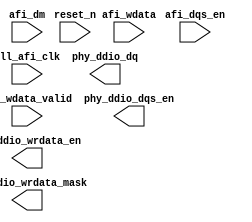
// (C) 2001-2023 Intel Corporation. All rights reserved.
// Your use of Intel Corporation's design tools, logic functions and other 
// software and tools, and its AMPP partner logic functions, and any output 
// files from any of the foregoing (including device programming or simulation 
// files), and any associated documentation or information are expressly subject 
// to the terms and conditions of the Intel Program License Subscription 
// Agreement, Intel FPGA IP License Agreement, or other applicable 
// license agreement, including, without limitation, that your use is for the 
// sole purpose of programming logic devices manufactured by Intel and sold by 
// Intel or its authorized distributors.  Please refer to the applicable 
// agreement for further details.


// ***************************************************************************
// ***************************************************************************

`timescale 1 ps / 1 ps

(* altera_attribute = "-name AUTO_SHIFT_REGISTER_RECOGNITION OFF" *)

module ddr3_p0_write_datapath_m10(
	pll_afi_clk,
	reset_n,
	afi_dqs_en,
	afi_wdata,
	afi_wdata_valid,
	afi_dm,
	phy_ddio_dq,
	phy_ddio_dqs_en,
	phy_ddio_wrdata_en,
	phy_ddio_wrdata_mask
);


parameter MEM_ADDRESS_WIDTH     = "";
parameter MEM_DM_WIDTH          = "";
parameter MEM_CONTROL_WIDTH     = "";
parameter MEM_DQ_WIDTH          = "";
parameter MEM_READ_DQS_WIDTH    = "";
parameter MEM_WRITE_DQS_WIDTH   = "";

parameter AFI_ADDRESS_WIDTH     = "";
parameter AFI_DATA_MASK_WIDTH   = "";
parameter AFI_CONTROL_WIDTH     = "";
parameter AFI_DATA_WIDTH        = "";
parameter AFI_DQS_WIDTH	        = "";

parameter NUM_WRITE_PATH_FLOP_STAGES = "";
parameter NUM_WRITE_FR_CYCLE_SHIFTS = "";

localparam RATE_MULT = 2;
localparam DQ_GROUP_WIDTH = MEM_DQ_WIDTH / MEM_WRITE_DQS_WIDTH;

localparam DM_GROUP_WIDTH = MEM_DM_WIDTH / MEM_WRITE_DQS_WIDTH;


input	pll_afi_clk;
input	reset_n;
input	[AFI_DQS_WIDTH-1:0] afi_dqs_en;
input	[AFI_DATA_WIDTH-1:0] afi_wdata;
input	[AFI_DQS_WIDTH-1:0] afi_wdata_valid;
input	[AFI_DATA_MASK_WIDTH-1:0] afi_dm;
output	[AFI_DATA_WIDTH-1:0] phy_ddio_dq;
output	[AFI_DQS_WIDTH-1:0] phy_ddio_dqs_en;
output	[AFI_DQS_WIDTH-1:0] phy_ddio_wrdata_en;
output	[AFI_DATA_MASK_WIDTH-1:0] phy_ddio_wrdata_mask;

wire	[AFI_DQS_WIDTH-1:0] phy_ddio_dqs_en_pre_shift;
wire	[AFI_DATA_WIDTH-1:0] phy_ddio_dq_pre_shift;
wire	[AFI_DQS_WIDTH-1:0] phy_ddio_wrdata_en_pre_shift;
wire	[AFI_DATA_MASK_WIDTH-1:0] phy_ddio_wrdata_mask_pre_shift;

generate
genvar stage;
if (NUM_WRITE_PATH_FLOP_STAGES == 0)
begin
	assign phy_ddio_dq_pre_shift = afi_wdata;
	assign phy_ddio_wrdata_en_pre_shift = afi_wdata_valid;
	assign phy_ddio_wrdata_mask_pre_shift = afi_dm;
        assign phy_ddio_dqs_en_pre_shift = afi_dqs_en;
end
else
begin
        reg [AFI_DATA_WIDTH-1:0] afi_wdata_r [NUM_WRITE_PATH_FLOP_STAGES-1:0];
        reg [AFI_DQS_WIDTH-1:0] afi_wdata_valid_r [NUM_WRITE_PATH_FLOP_STAGES-1:0] /* synthesis dont_merge */;
        reg [AFI_DQS_WIDTH-1:0] afi_dqs_en_r [NUM_WRITE_PATH_FLOP_STAGES-1:0];
        
        // phy_ddio_wrdata_mask is tied low during calibration
        // the purpose of the assignment is to avoid Quartus from connecting the signal to the sclr pin of the flop
        // sclr pin is very slow and causes timing failures
        (* altera_attribute = {"-name ALLOW_SYNCH_CTRL_USAGE OFF"}*) reg [AFI_DATA_MASK_WIDTH-1:0] afi_dm_r [NUM_WRITE_PATH_FLOP_STAGES-1:0];
        
        for (stage = 0; stage < NUM_WRITE_PATH_FLOP_STAGES; stage = stage + 1)
        begin : stage_gen
        	always @(posedge pll_afi_clk)
        	begin
        		afi_wdata_r[stage]       <= (stage == 0) ? afi_wdata       : afi_wdata_r[stage-1];
        		afi_wdata_valid_r[stage] <= (stage == 0) ? afi_wdata_valid : afi_wdata_valid_r[stage-1];
        		afi_dm_r[stage]          <= (stage == 0) ? afi_dm          : afi_dm_r[stage-1];
        		afi_dqs_en_r[stage]      <= (stage == 0) ? afi_dqs_en      : afi_dqs_en_r[stage-1];
        	end
        end
        
        assign phy_ddio_dq_pre_shift = afi_wdata_r[NUM_WRITE_PATH_FLOP_STAGES-1];
        assign phy_ddio_wrdata_en_pre_shift = afi_wdata_valid_r[NUM_WRITE_PATH_FLOP_STAGES-1];
        assign phy_ddio_wrdata_mask_pre_shift = afi_dm_r[NUM_WRITE_PATH_FLOP_STAGES-1];
        assign phy_ddio_dqs_en_pre_shift = afi_dqs_en_r[NUM_WRITE_PATH_FLOP_STAGES-1];
end
endgenerate

generate
genvar i, t;
for (i=0; i<MEM_WRITE_DQS_WIDTH; i=i+1)
begin: bs_wr_grp
	
	wire [1:0] shift_fr_cycle = 
		(NUM_WRITE_FR_CYCLE_SHIFTS == 0) ? 	2'b00 : 2'b01;
											
	wire [AFI_DQS_WIDTH / MEM_WRITE_DQS_WIDTH - 1:0] grp_dqs_en_pre_shift;
	wire [AFI_DQS_WIDTH / MEM_WRITE_DQS_WIDTH - 1:0] grp_dqs_en;
	
	wire [AFI_DATA_WIDTH / MEM_WRITE_DQS_WIDTH - 1:0] grp_dq_pre_shift;
	wire [AFI_DATA_WIDTH / MEM_WRITE_DQS_WIDTH - 1:0] grp_dq;
	
	wire [AFI_DQS_WIDTH / MEM_WRITE_DQS_WIDTH - 1:0] grp_wrdata_en_pre_shift;
	wire [AFI_DQS_WIDTH / MEM_WRITE_DQS_WIDTH - 1:0] grp_wrdata_en;

	wire [AFI_DATA_MASK_WIDTH / MEM_WRITE_DQS_WIDTH - 1:0] grp_wrdata_mask_pre_shift;
	wire [AFI_DATA_MASK_WIDTH / MEM_WRITE_DQS_WIDTH - 1:0] grp_wrdata_mask;

	ddr3_p0_fr_cycle_shifter dq_shifter(
		.clk (pll_afi_clk),
		.shift_by (shift_fr_cycle),
		.reset_n (1'b1),
		.datain (grp_dq_pre_shift),
		.dataout (grp_dq)	
	);
	defparam dq_shifter.DATA_WIDTH = (DQ_GROUP_WIDTH * 2);
	
	ddr3_p0_fr_cycle_shifter wrdata_mask_shifter(
		.clk (pll_afi_clk),
		.shift_by (shift_fr_cycle),
		.reset_n (1'b1),
		.datain (grp_wrdata_mask_pre_shift),
		.dataout (grp_wrdata_mask)
	);
	defparam wrdata_mask_shifter.DATA_WIDTH = (DM_GROUP_WIDTH * 2);
	
	ddr3_p0_fr_cycle_shifter wrdata_en_shifter(
		.clk (pll_afi_clk),
		.shift_by (shift_fr_cycle),
		.reset_n (1'b1),
		.datain (grp_wrdata_en_pre_shift),
		.dataout (grp_wrdata_en)
	);
	defparam wrdata_en_shifter.DATA_WIDTH = 1;

	ddr3_p0_fr_cycle_shifter dqs_en_shifter(
		.clk (pll_afi_clk),
		.shift_by (shift_fr_cycle),
		.reset_n (1'b1),
		.datain (grp_dqs_en_pre_shift),
		.dataout (grp_dqs_en)
	);
	defparam dqs_en_shifter.DATA_WIDTH = 1;

	for (t=0; t<RATE_MULT*2; t=t+1)
	begin: extract_ddr_grp
		wire [DQ_GROUP_WIDTH-1:0] dq_t_pre_shift = phy_ddio_dq_pre_shift[DQ_GROUP_WIDTH * (i+1) + MEM_DQ_WIDTH * t - 1 : DQ_GROUP_WIDTH * i + MEM_DQ_WIDTH * t];
		assign grp_dq_pre_shift[(t+1) * DQ_GROUP_WIDTH - 1 : t * DQ_GROUP_WIDTH] = dq_t_pre_shift;
		
		wire [DQ_GROUP_WIDTH-1:0] dq_t = grp_dq[(t+1) * DQ_GROUP_WIDTH - 1 : t * DQ_GROUP_WIDTH];
		assign phy_ddio_dq[DQ_GROUP_WIDTH * (i+1) + MEM_DQ_WIDTH * t - 1 : DQ_GROUP_WIDTH * i + MEM_DQ_WIDTH * t] = dq_t;

		wire [DM_GROUP_WIDTH-1:0] wrdata_mask_t_pre_shift = phy_ddio_wrdata_mask_pre_shift[DM_GROUP_WIDTH * (i+1) + MEM_DM_WIDTH * t - 1 : DM_GROUP_WIDTH * i + MEM_DM_WIDTH * t];
		assign grp_wrdata_mask_pre_shift[(t+1) * DM_GROUP_WIDTH - 1 : t * DM_GROUP_WIDTH] = wrdata_mask_t_pre_shift;
		
		wire [DM_GROUP_WIDTH-1:0] wrdata_mask_t = grp_wrdata_mask[(t+1) * DM_GROUP_WIDTH - 1 : t * DM_GROUP_WIDTH];
		assign phy_ddio_wrdata_mask[DM_GROUP_WIDTH * (i+1) + MEM_DM_WIDTH * t - 1 : DM_GROUP_WIDTH * i + MEM_DM_WIDTH * t] = wrdata_mask_t;		
	end
	
	for (t=0; t<RATE_MULT; t=t+1)
	begin: extract_sdr_grp
		assign grp_dqs_en_pre_shift[t] = phy_ddio_dqs_en_pre_shift[i + MEM_WRITE_DQS_WIDTH * t];
		assign phy_ddio_dqs_en[i + MEM_WRITE_DQS_WIDTH * t] = grp_dqs_en[t];
		
		assign grp_wrdata_en_pre_shift[t] = phy_ddio_wrdata_en_pre_shift[i + MEM_WRITE_DQS_WIDTH * t];
		assign phy_ddio_wrdata_en[i + MEM_WRITE_DQS_WIDTH * t] = grp_wrdata_en[t];
		
	end
end
endgenerate

endmodule